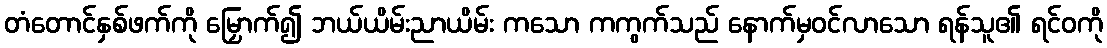
တံတောင်နှစ်ဖက်ကို မြှောက်၍ ဘယ်ယိမ်းညာယိမ်း ကသော ကကွက်သည် နောက်မှဝင်လာသော ရန်သူ၏ ရင်ဝကို